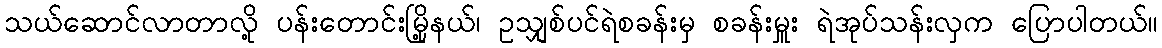
သယ်ဆောင်လာတာလို့ ပန်းတောင်းမြို့နယ်၊ ဥသျှစ်ပင်ရဲစခန်းမှ စခန်းမှူး ရဲအုပ်သန်းလှက ပြောပါတယ်။